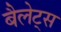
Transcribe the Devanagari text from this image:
बैलेट्स